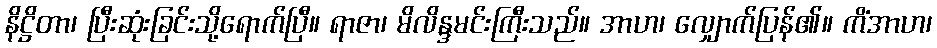
နိဋ္ဌိတာ၊ ပြီးဆုံးခြင်းသို့ရောက်ပြီ။ ရာဇာ၊ မိလိန္ဒမင်းကြီးသည်။ အာဟ၊ လျှောက်ပြန်၏။ ကိံအာဟ၊